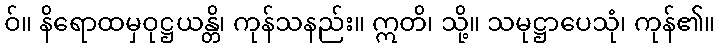
ဝ်။ နိရောထမှဝုဋ္ဌယန္တိ၊ ကုန်သနည်း။ ဣတိ၊ သို့။ သမုဋ္ဌာပေသုံ၊ ကုန်၏။